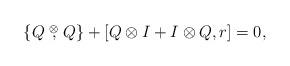
LaTeX: \begin{align*}\lbrace Q\stackrel{\otimes}{,}Q \rbrace + [ Q\otimes I+I \otimes Q, r] =0,\end{align*}